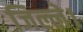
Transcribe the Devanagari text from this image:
जिल्ले।